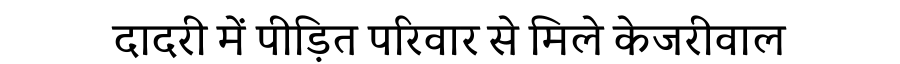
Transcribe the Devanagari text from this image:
दादरी में पीड़ित परिवार से मिले केजरीवाल